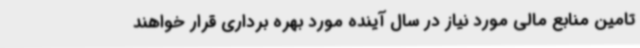
تامین منابع مالی مورد نیاز در سال آینده مورد بهره برداری قرار خواهند